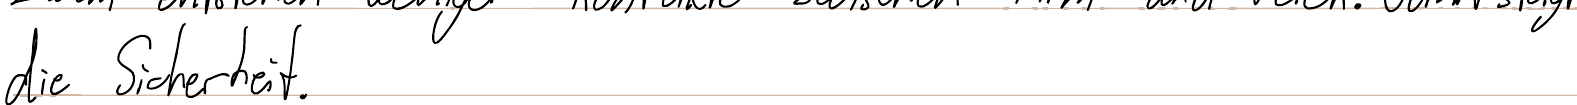
die Sicherheit.